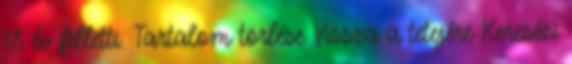
18 év felletti. Tartalom törlése Vissza a tetejére Keresési